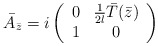
\begin{align*}\bar A_{\bar z} = i\left( \begin{array}{cc} 0 & {1 \over 2l} \bar T(\bar z) \\ 1 & 0 \end{array} \right)\end{align*}